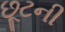
છૂટની